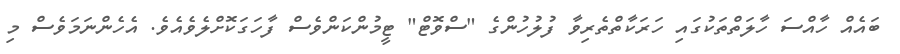
ބައެއް ހާއްސަ ހާލަތްތަކުގައި ހަރަކާތްތެރިވާ ފުލުހުންގެ "ސްވޮޓް" ޓީމުންކަންވެސް ފާހަގަކޮށްލެވެއެވެ. އެހެންނަމަވެސް މި